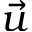
\vec { u }